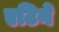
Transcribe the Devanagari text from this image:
एटिने